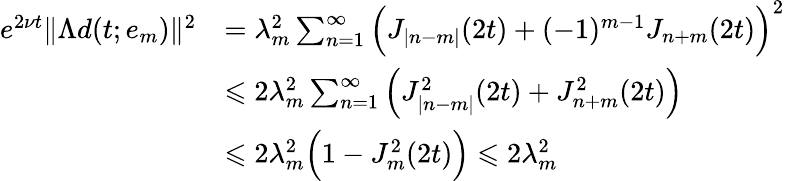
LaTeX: \begin{array}{rl}{e^{2\nu t}\| \Lambda d(t;e_{m})\| ^{2}}&{=\lambda_{m}^{2}\sum_{n=1}^{\infty}\Big(J_{|n-m|}(2t)+(-1)^{m-1}J_{n+m}(2t)\Big)^{2}}\\ &{\leqslant 2\lambda_{m}^{2}\sum_{n=1}^{\infty}\Big(J_{|n-m|}^{2}(2t)+J_{n+m}^{2}(2t)\Big)}\\ &{\leqslant 2\lambda_{m}^{2}\Big(1-J_{m}^{2}(2t)\Big)\leqslant 2\lambda_{m}^{2}}\end{array}